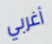
أغربي